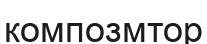
композмтор